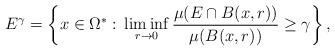
LaTeX: \begin{align*}E^{\gamma}=\left\{x\in \Omega^*:\,\liminf_{r\to 0}\frac{\mu(E\cap B(x,r))}{\mu(B(x,r))}\ge \gamma\right\},\end{align*}